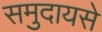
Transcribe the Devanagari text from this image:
समुदायसे